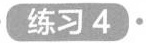
练习4